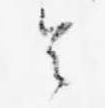
令